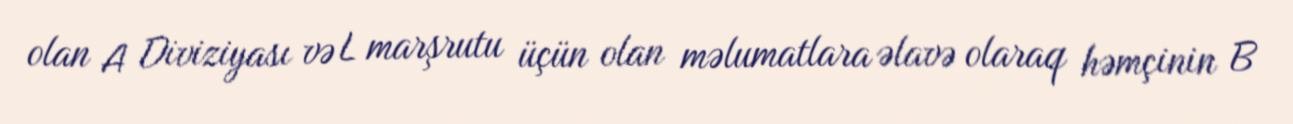
olan A Diviziyası və L marşrutu üçün olan məlumatlara əlavə olaraq həmçinin B